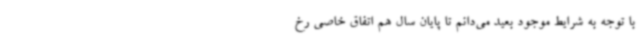
با توجه به شرایط موجود بعید می‌دانم تا پایان سال هم اتفاق خاصی رخ